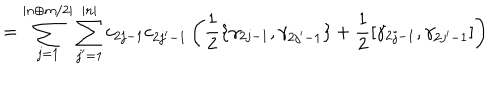
= \sum _ { j = 1 } ^ { | n \oplus m / 2 | } \sum _ { j ^ { \prime } = 1 } ^ { | n | } c _ { 2 j - 1 } c _ { 2 j ^ { \prime } - 1 } \left( \frac { 1 } { 2 } \{ \gamma _ { 2 j - 1 } , \gamma _ { 2 j ^ { \prime } - 1 } \} + \frac { 1 } { 2 } [ \gamma _ { 2 j - 1 } , \gamma _ { 2 j ^ { \prime } - 1 } ] \right)